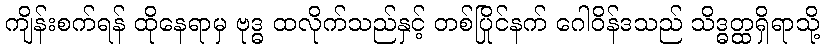
ကျိန်းစက်ရန် ထိုနေရာမှ ဗုဒ္ဓ ထလိုက်သည်နှင့် တစ်ပြိုင်နက် ဂေါဝိန်ဒသည် သိဒ္ဓတ္ထရှိရာသို့